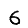
Digit: 6